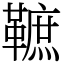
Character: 䩾